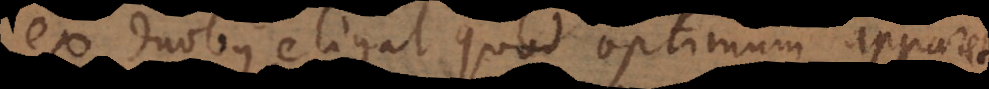
ex duobus eligat quod optimum apparet,